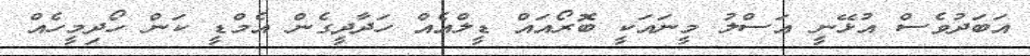
އަބަދުވެސް އުޅޭނީ އަސްލު މީނައަކީ ބޮރޯއައް ޑީލްއެއް ހަދާދީގެން އެމްޑީ ކަން ހޯދިމީހެއް